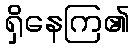
ရှိနေကြ၏